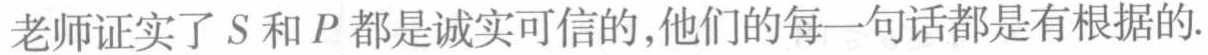
老师证实了 \(S\) 和 \(P\) 都是诚实可信的,他们的每一句话都是有根据的.